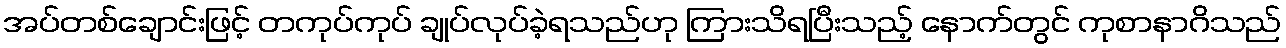
အပ်တစ်ချောင်းဖြင့် တကုပ်ကုပ် ချုပ်လုပ်ခဲ့ရသည်ဟု ကြားသိရပြီးသည့် နောက်တွင် ကုစာနာဂိသည်